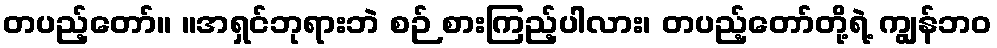
တပည့်တော်။ ။အရှင်ဘုရားဘဲ စဉ် စားကြည့်ပါလား၊ တပည့်တော်တို့ရဲ့ ကျွန်ဘဝ